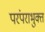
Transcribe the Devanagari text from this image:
परंपराभुक्त